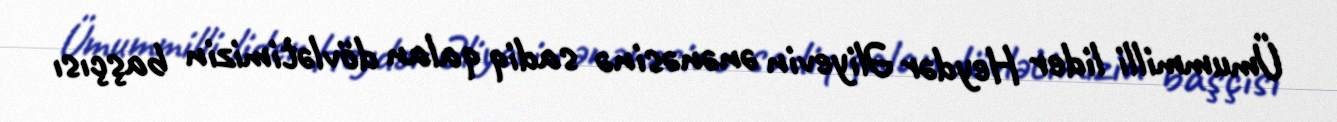
Ümummilli lider Heydər Əliyevin ənənəsinə sadiq qalan dövlətimizin başçısı